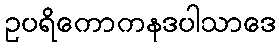
ဥပရိကောကနဒပါသာဒေ